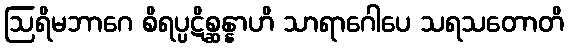
ဩရိမဘာဂေ စိရပ္ပဋိစ္ဆန္နာဟိ သာရာဂေါပေ သရသတောတိ